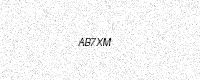
Text: AB7XM